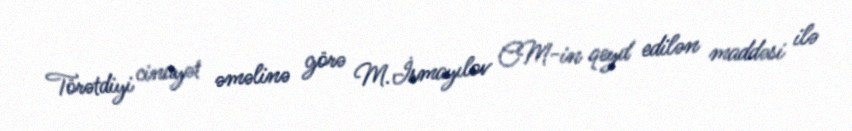
Törətdiyi cinayət əməlinə görə M.İsmayılov CM-in qeyd edilən maddəsi ilə